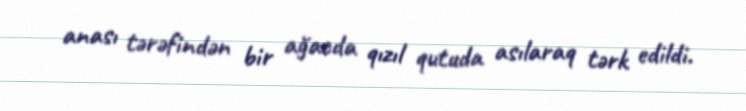
anası tərəfindən bir ağacda qızıl qutuda asılaraq tərk edildi.